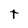
Character: t